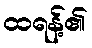
ထရန့်၏